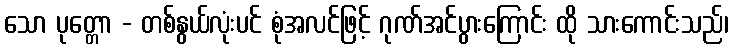
သော ပုတ္တော - တစ်နွယ်လုံးပင် စုံအလင်ဖြင့် ဂုဏ်အင်ပွားကြောင်း ထို သားကောင်းသည်၊